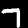
Label: 7